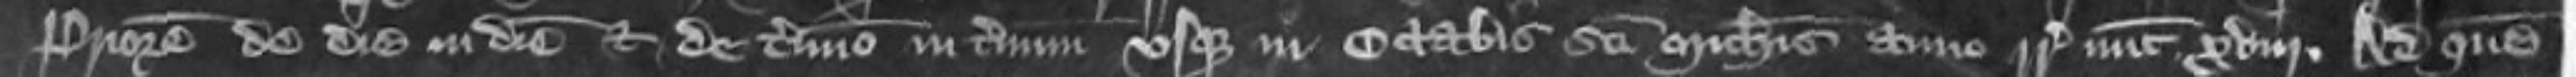
Priorem de die in diem et de termino in terminum usque in Octabis Sancti Michaelis anno regni Regis nunc xviii Ad quem